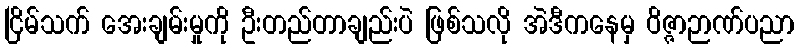
ငြိမ်သက် အေးချမ်းမှုကို ဦးတည်တာချည်းပဲ ဖြစ်သလို အဲဒီကနေမှ ဝိဇ္ဇာဉာဏ်ပညာ